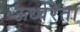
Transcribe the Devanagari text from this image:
ऊर्ध्वरेता